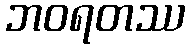
ဘဝရတဿ